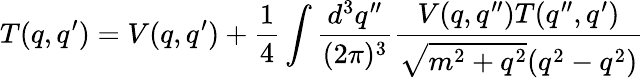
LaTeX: T(q,q^{\prime})=V(q,q^{\prime})+{\frac{1}{4}}\int{\frac{d^{3}q^{\prime\prime}}{(2\pi)^{3}}}{\frac{V(q,q^{\prime\prime})T(q^{\prime\prime},q^{\prime})}{{\sqrt{m^{2}+q^{2}}}(q^{2}-q^{2})}}